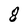
Character: 8